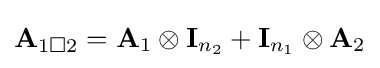
\mathbf {A} _{1\mathbin {\square } 2}=\mathbf {A} _{1}\otimes \mathbf {I} _{n_{2}}+\mathbf {I} _{n_{1}}\otimes \mathbf {A} _{2}